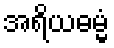
အရိယဓမ္မံ